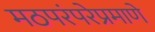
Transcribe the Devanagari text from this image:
मठपरंपरेप्रमाणे